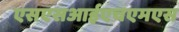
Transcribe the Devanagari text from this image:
एसएसआईएचएमएस